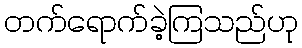
တက်ရောက်ခဲ့ကြသည်ဟု